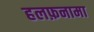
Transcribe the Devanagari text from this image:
हलफ़नामा